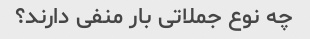
چه نوع جملاتی بار منفی دارند؟